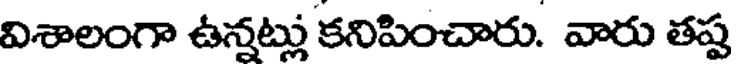
విశాలంగా ఉన్నట్లు కనిపించారు. వారు తష్ట